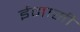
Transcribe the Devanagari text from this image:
ईमासी